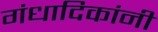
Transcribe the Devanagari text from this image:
गंधादिकांनीं